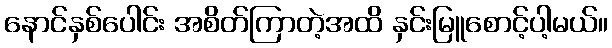
နောင်နှစ်ပေါင်း အစိတ်ကြာတဲ့အထိ နှင်းမြူစောင့်ပါ့မယ်။